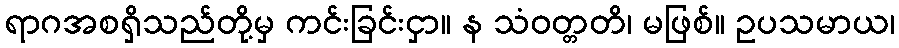
ရာဂအစရှိသည်တို့မှ ကင်းခြင်းငှာ။ န သံဝတ္တတိ၊ မဖြစ်။ ဥပသမာယ၊